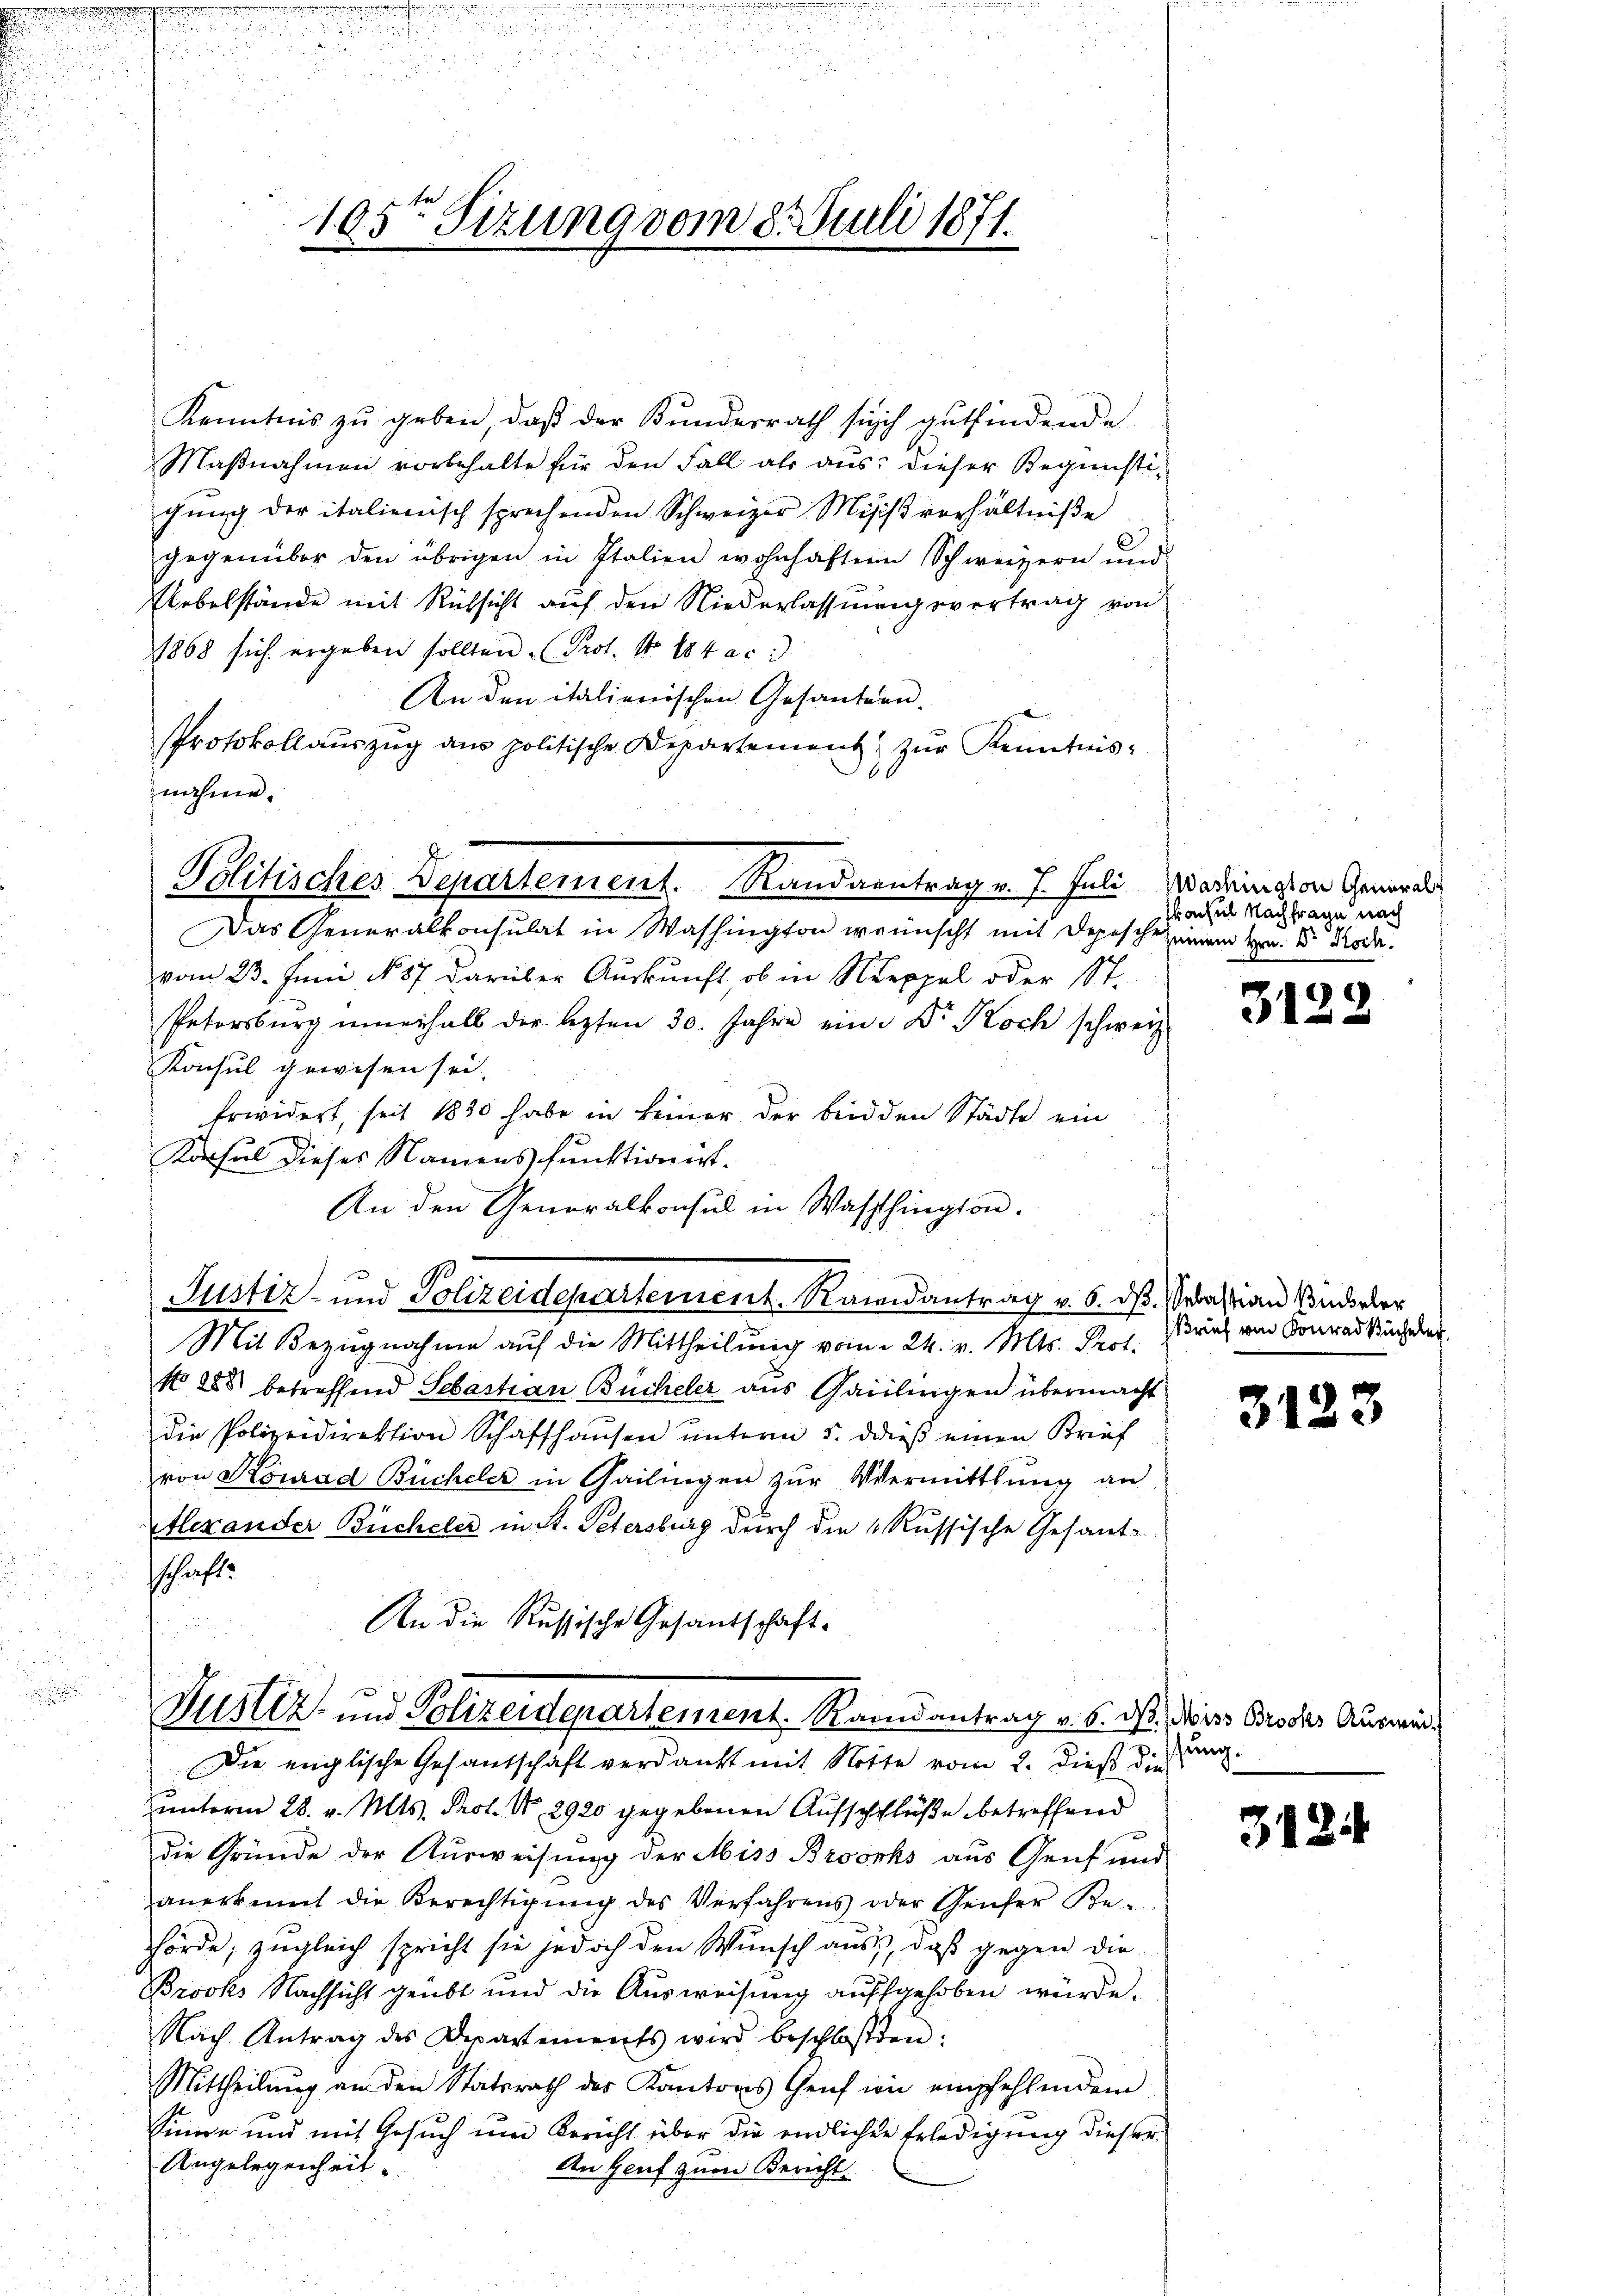
105ten Sizung vom 8. Juli 1871.

Kenntnis zu geben, daß der Bundesrath sich gutfindende
Maßnahmen vorbehalte für den Fall als aus: dieser Begünstigŭng der italienisch sprechenden Schweizer Missverhältniße
gegenüber den übrigen in Italien wohnhaften Schweizern und
Uebelstände mit Rücksicht auf den Niederlassungsvertrag von
1868 sich ergeben sollten (Prot. No 104 ac:
An den italienischen Gesanten-
Protokollaŭszŭg ans politische Departement zŭr Kenntnis-
Das Generalkonsulat in Washington wünscht mit Depesche einem Hrn. Dr Rode.
vom 23. Juni No 87 darüber Auskunft, ob in Neppel oder St.
Patersburg innerhalb der lezten 30. Jahre ein. Dr. Koch schweiz.
Konsul gewesen sei.
Erwidert, seit 1830 habe in keiner der beid den Städte ein
Konsul dieses Namens funktionirt.
An den Generalkonsul in Washington.
Justiz- und Polizeidepartement. Romantrag v. 6. ds. Sebastian Binderer
Mit Bezugnahme auf die Mittheilung vom 24. v. Mts. Prot.
N 288 betreffend Sebastian Bücheler aus Gailingen übermacht
die Polizeidirektion Schaffhaŭsen ŭnterm 5. dieß einen Brief
von Konrad Bücheler in Gailingen zur Vermittlung an
Alexander Bücheler in St. Petersburg durch die 6 Russische Gesant-
schaft.
An die Russische Gesandschaft-

nahme.
Politisches Departement. Randantrag v. J. Juli Madrington General

Die englische Gesandschaft verdankt mit Notte vom 2. dieß die
unterm 28. v. Mts. Prof. No 2920 gegebenen Aufschlüße betreffend
die Gründe der Ausweisung der Miss Broorks aus Genf und
anerkennt die Berechtigŭng des Verfahrens oder Genfer Be-
hörde; zugleich spricht sie jedoch den Wunsch aus, daß gegen die
Brooks Nachsicht geübt und die Ausweisung auffgehoben würde.
Nach Antrag des Departements wird beschloßen:
Mittheilung an den Statsrath des Kantons Genf im empfehlendem
Sinne und mit Gesuch um Bericht über die endlichen Erledigung dieser
Angelegenheit.
An Genf zum Bericht

Justiz- und Polizeidepartement. Randantrag v. 6. dß. Wirs Brodts Auswir¬

Wochel Nachfrage nach

3122

Brief von Konrad Büchele

3123

ung.

3124